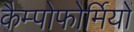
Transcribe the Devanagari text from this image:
कैम्पोफोर्मियों